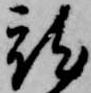
就